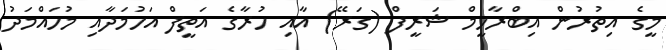
މީގެ އިތުރުން އިބްރާހީމް ޝަރީފް (ގަރޭ) އާއި ހުރާގެ އަތީފް އަހުމަދާއި މުހައްމަދު